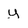
Character: y